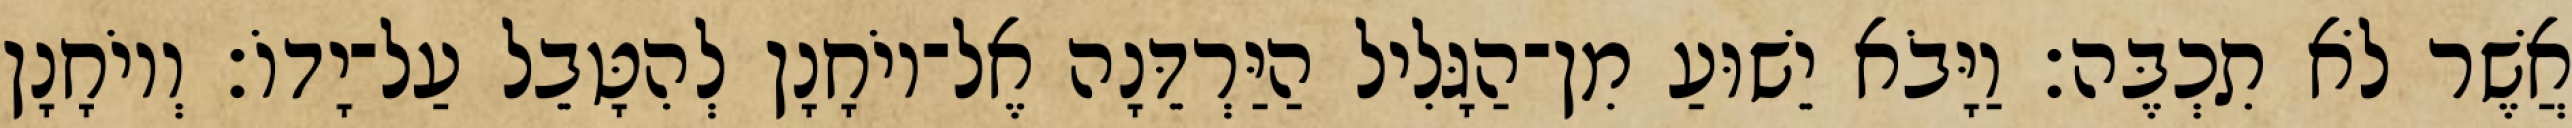
אֲשֶׁר לֹא תִכְבֶּה׃ וַיָּבֹא יֵשׁוּעַ מִן־הַגָּלִיל הַיַּרְדֵּנָה אֶל־יוֹחָנָן לְהִטָּבֵל עַל־יָדוֹ׃ וְיוֹחָנָן